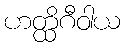
ဟတ္ထိဂီဝါယ